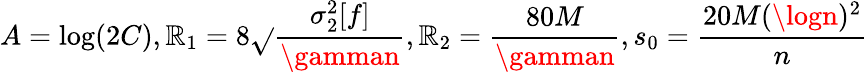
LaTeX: A=\log(2C),\mathbb{R}_{1}=8\sqrt{}{{\frac{{\sigma_{2}^{2}[f]}}{{\gamman}}}},\mathbb{R}_{2}=\frac{{80M}}{{\gamman}},s_{0}=\frac{{20M(\logn)^{2}}}{{n}}